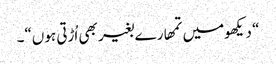
“ دیکھومیں تمھارے بغیر بھی اُڑتی ہوں“۔